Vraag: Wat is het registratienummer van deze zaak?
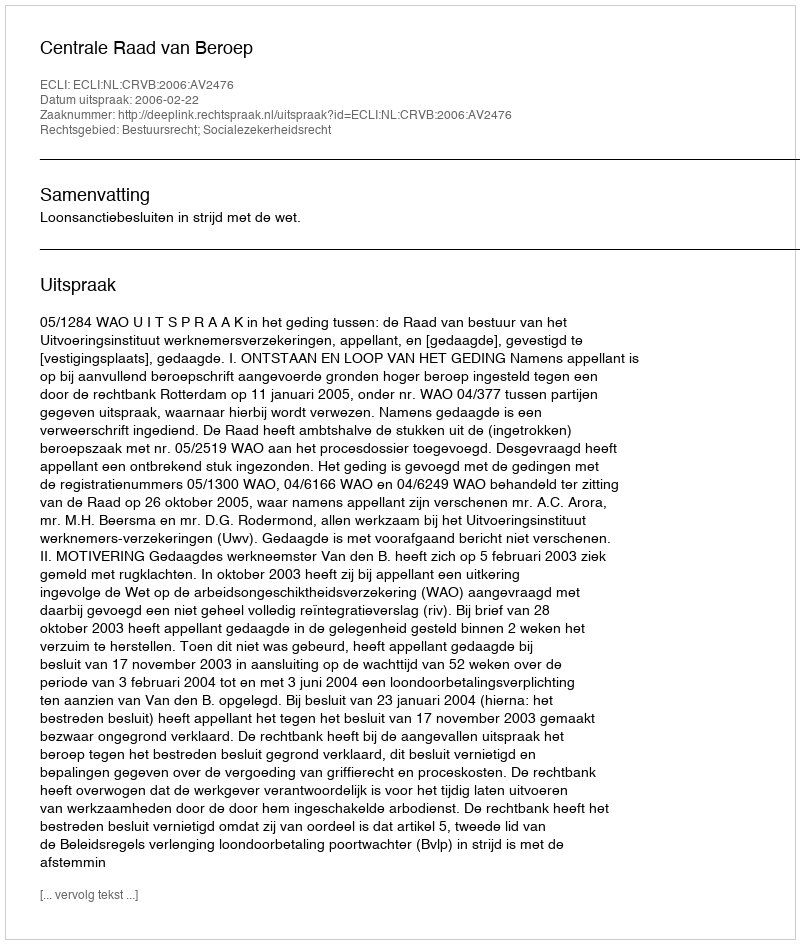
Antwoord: http://deeplink.rechtspraak.nl/uitspraak?id=ECLI:NL:CRVB:2006:AV2476